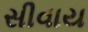
સીવાય